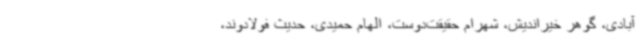
آبادی، گوهر خیراندیش، شهرام حقیقت‌دوست، الهام حمیدی، حدیث فولادوند،